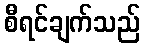
စီရင်ချက်သည်